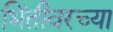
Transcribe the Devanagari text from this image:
भिंतीवरच्या